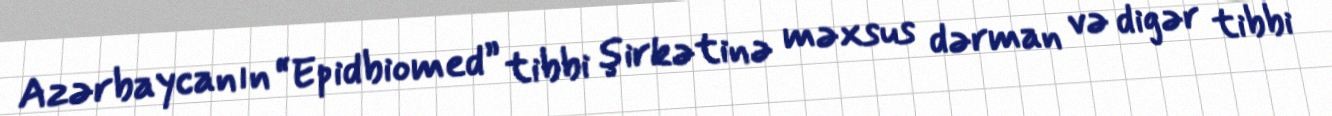
Azərbaycanın “Epidbiomed” tibbi şirkətinə məxsus dərman və digər tibbi